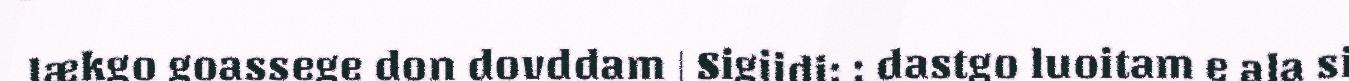
lækgo goassege don dovddam | Sigjidi: ; dastgo luoitam e ala si